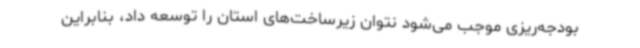
بودجه‌ریزی موجب می‌شود نتوان زیرساخت‌های استان را توسعه داد، بنابراین